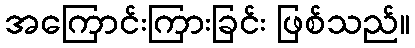
အကြောင်းကြားခြင်း ဖြစ်သည်။